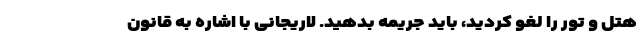
هتل و تور را لغو کردید، باید جریمه بدهید. لاریجانی با اشاره به قانون